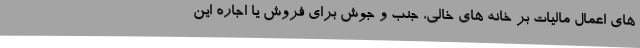
های اعمال مالیات بر خانه های خالی، جنب و جوش برای فروش یا اجاره این